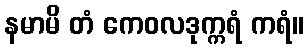
နမာမိ တံ ကေဝလဒုက္ကရံ ကရံ။